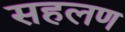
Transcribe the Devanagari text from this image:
सहलण